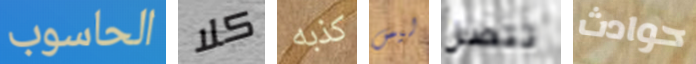
الحاسوب كلا كذبه ليس تتصل حوادث